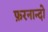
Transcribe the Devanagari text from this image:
फ़रनान्दो